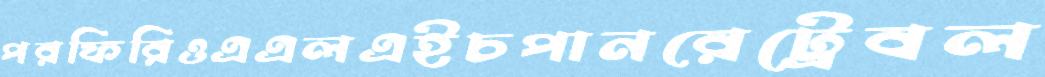
পরফিরিওএএলএইচপানরেট্রেবল